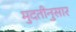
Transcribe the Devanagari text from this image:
मुदतीनुसार